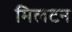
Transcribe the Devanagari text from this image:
मिलटन